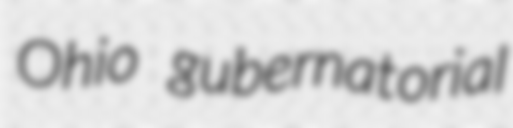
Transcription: Ohio gubernatorial